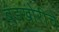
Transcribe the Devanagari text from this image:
बंडखोरीचे